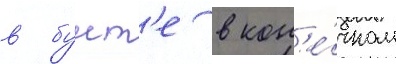
в бунт'е в кон'е́чном